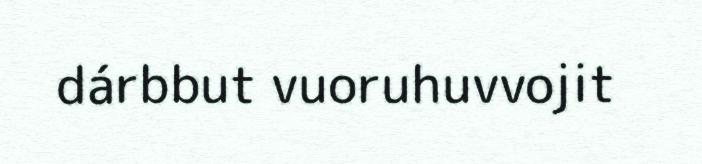
dárbbut vuoruhuvvojit